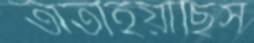
তাতাইয়াছিস